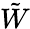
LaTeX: \tilde{W}